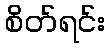
စိတ်ရင်း